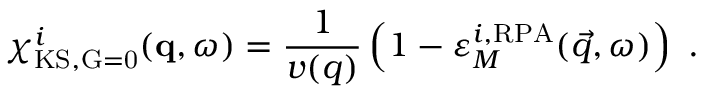
\chi _ { \mathrm { K S , \vec { G } = 0 } } ^ { i } ( \mathbf { q } , \omega ) = \frac { 1 } { v ( q ) } \left( 1 - \varepsilon _ { M } ^ { i , \mathrm { R P A } } ( \vec { q } , \omega ) \right) \ .